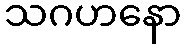
သဂဟနော